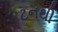
ટનથી